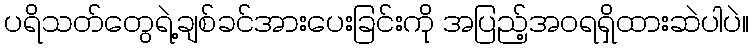
ပရိသတ်တွေရဲ့ချစ်ခင်အားပေးခြင်းကို အပြည့်အဝရရှိထားဆဲပါပဲ။